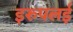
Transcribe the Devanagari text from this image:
इरुपलई